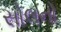
સોલનો